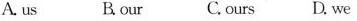
A.us B.our C.ours D.we